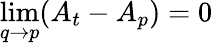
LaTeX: \operatorname*{lim}_{q\to p}(A_{t}-A_{p})=0